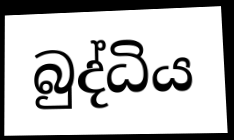
බුද්ධිය